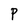
Character: P